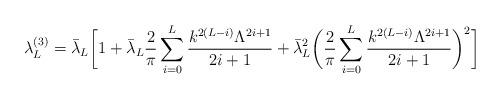
LaTeX: \begin{align*}\lambda_L^{(3)} = \bar\lambda_L \biggr[1+ \bar\lambda_L \frac{2}{\pi} \sum_{i=0}^L\frac{k^{2(L-i)}\Lambda^{2i+1}}{2i+1}+\bar\lambda_L^2 \biggr( \frac{2}{\pi} \sum_{i=0}^L\frac{k^{2(L-i)}\Lambda^{2i+1}}{2i+1}\biggr)^2 \biggr] \end{align*}